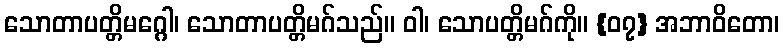
သောတာပတ္တိမဂ္ဂေါ၊ သောတာပတ္တိမဂ်သည်။ ဝါ၊ သောပတ္တိမဂ်ကို။ {၀၇} အဘာဝိတော၊